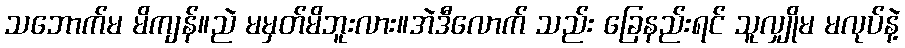
သဘောက်မ မိကျန်။ညဲ မမှတ်မိဘူးလား။အဲဒီလောက် သည်း ခြေနည်းရင် သူလျှိုမ မလုပ်နဲ့